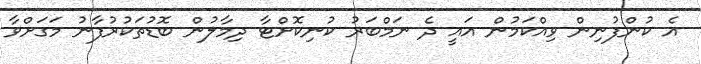
އެ ކުންފުނިން ވިއްކަމުން އައީ ދެ ނަމްބަރު ކުނިކޮށްޓާ ދިމާލުން ބޮޑުތަކުރުފާނު މަގަށްވާ